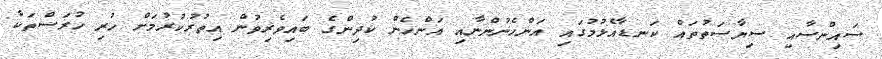
ސައިންސާއި ސިޔާސަތުތައް ކަނޑާއެޅުމުގައި އަންހެނުންނާއި އަންހެން ކުދިންގެ ބައިވެރިވުން އިތުރުކުރުމަށް ހުރި ހުރަސްތަކާ